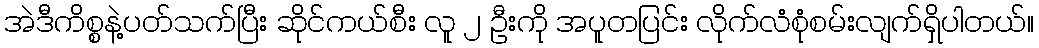
အဲဒီကိစ္စနဲ့ပတ်သက်ပြီး ဆိုင်ကယ်စီး လူ ၂ ဦးကို အပူတပြင်း လိုက်လံစုံစမ်းလျက်ရှိပါတယ်။